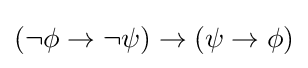
(\lnot \phi \to \lnot \psi )\to (\psi \to \phi )